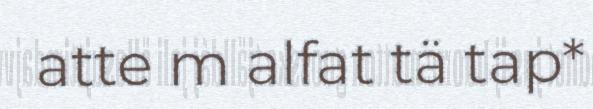
atte m alfat tä tap*